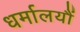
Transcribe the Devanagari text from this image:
धर्मालयौं